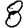
Digit: 8